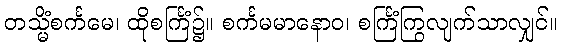
တသ္မိံစင်္ကမေ၊ ထိုစင်္ကြံ၌။ စင်္ကမမာနောဝ၊ စင်္ကြံကြွလျက်သာလျှင်။